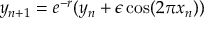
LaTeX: y _ { n + 1 } = e ^ { - r } ( y _ { n } + \epsilon \cos ( 2 \pi x _ { n } ) )